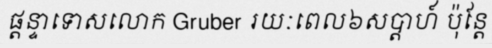
ផ្តន្ទាទោសលោក Gruber រយៈពេល៦សប្តាហ៍ ប៉ុន្តែ